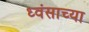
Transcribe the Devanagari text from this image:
ध्वंसाच्या